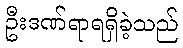
ဦးဒဏ်ရာရရှိခဲ့သည်